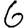
Digit: 6